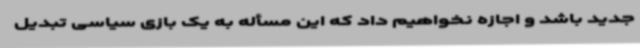
جدید باشد و اجازه نخواهیم داد که این مسأله به یک بازی سیاسی تبدیل